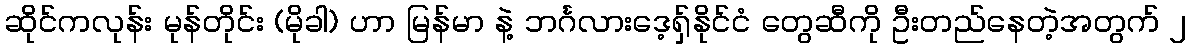
ဆိုင်ကလုန်း မုန်တိုင်း (မိုခါ) ဟာ မြန်မာ နဲ့ ဘင်္ဂလားဒေ့ရှ်နိုင်ငံ တွေဆီကို ဦးတည်နေတဲ့အတွက် ၂